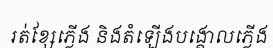
រត់ខ្សែភ្លើង និងតំឡើងបង្គោលភ្លើង